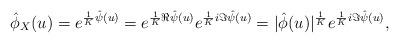
LaTeX: \begin{align*}\hat{\phi}_X(u) = e^{\frac{1}{K} \hat{\psi}(u) } = e^{\frac{1}{K} \Re \hat{\psi}(u) } e^{\frac{1}{K} i \Im \hat{\psi}(u) }=|\hat{\phi}(u)|^{\frac{1}{K}} e^{\frac{1}{K} i \Im \hat{\psi}(u) },\end{align*}